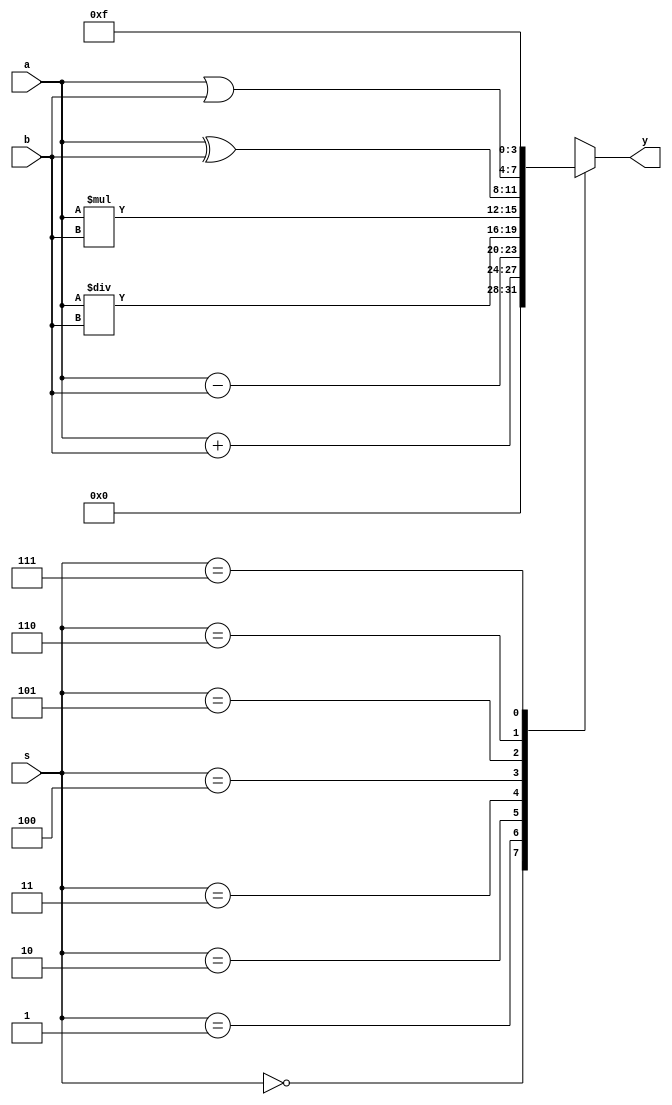
module ALU_1(a,b,s,y);
 input[3:0]a,b;
 input[2:0]s;
 output reg[3:0]y;
 always @(s or a or b)
 case(s)
 0: y=0;
 1: y=a+b;
 2: y=a-b;
 3: y=a/b;
 4: y=a*b;
 5: y=a^b;
 6: y=a|b;
 7: y=15;
 
endcase
endmodule